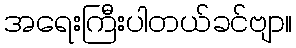
အရေးကြီးပါတယ်ခင်ဗျာ။